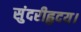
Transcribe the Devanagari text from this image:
सुंदरीहृदय।